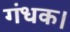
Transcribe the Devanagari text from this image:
गंधक।